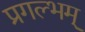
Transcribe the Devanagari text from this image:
प्रगल्भम्